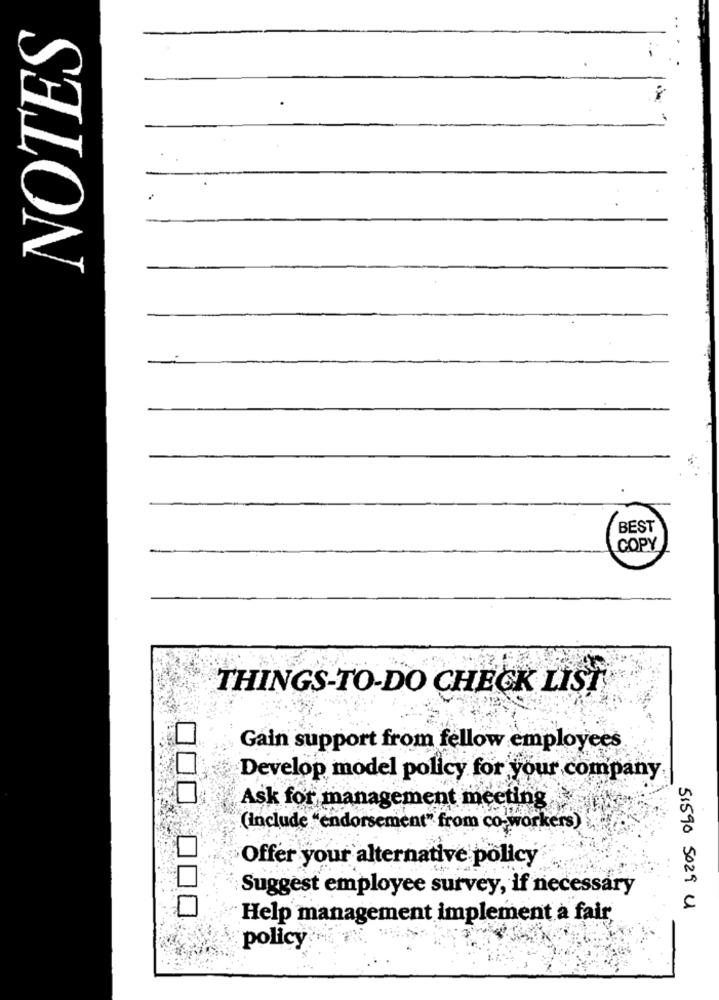
NOTES
BEST
COPY
THINGS-TO-DO CHECK LIST
Gain support from fellow employees
Develop model policy for your company
Ask for management meeting
(include "endorsement" from co-workers)
Offer your alternative policy
Suggest employee survey, if necessary
51590 5029 U
Help management implement a fair
policy